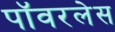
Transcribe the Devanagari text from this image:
पॉवरलेस